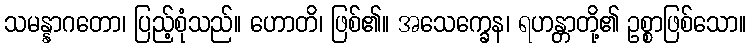
သမန္နာဂတော၊ ပြည့်စုံသည်။ ဟောတိ၊ ဖြစ်၏။ အသေက္ခေန၊ ရဟန္တာတို့၏ ဥစ္စာဖြစ်သော။